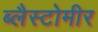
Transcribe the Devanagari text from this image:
ब्लैस्टोमीर